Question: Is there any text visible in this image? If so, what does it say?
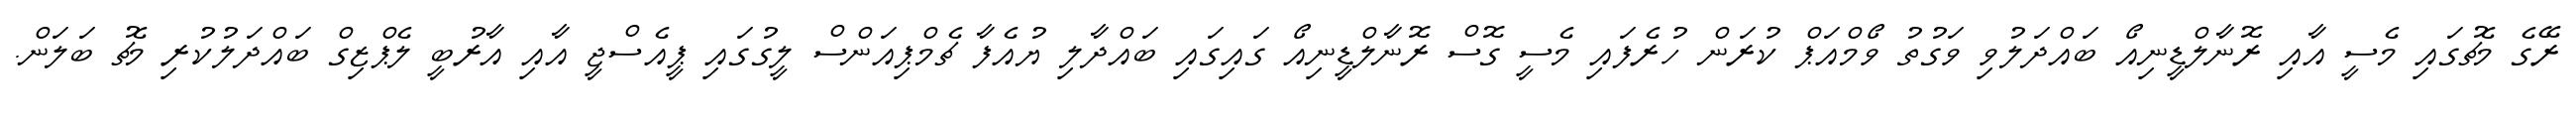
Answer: ރޭގެ މެޗުގައި މެސީ އާއި ރޮނާލްޑީނިއޯ ބައްދަލުވި ވަގުތު ވޯމްއަޕް ކުރަން ހުރެފައި މެސީ ގޮސް ރޮނާލްޑީނިއޯ ގައިގައި ބައްދާލި ޔުއެފާ ޗެމްޕިއަންސް ލީގުގައި ޕީއެސްޖީ އާއި އާރުބީ ލެޕްޒިގް ބައްދަލުކުރި މެޗު ބަލަން.